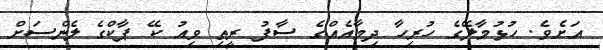
އަށެވެ. ހުޅުމާލޭގެ ހުރިހާ ދިމާއެއްގެ ސާފު ރީތި ވިއު ކޭ ޕާކްގެ ލެންސަށް